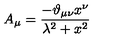
A _ { \mu } = \frac { - \vartheta _ { \mu \nu } x ^ { \nu } } { \lambda ^ { 2 } + x ^ { 2 } }